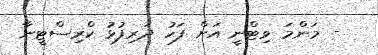
- މަންމަ ވިޓްނީ އަށް ފަހު ދަރިފުޅު ކްރިސްޓީނާ